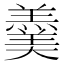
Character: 羹